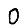
Digit: 0